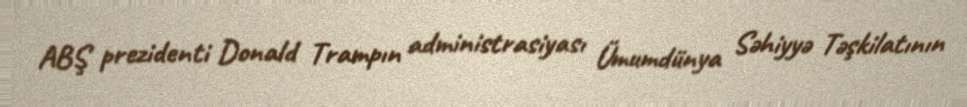
ABŞ prezidenti Donald Trampın administrasiyası Ümumdünya Səhiyyə Təşkilatının